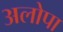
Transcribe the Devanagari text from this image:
अलोपा